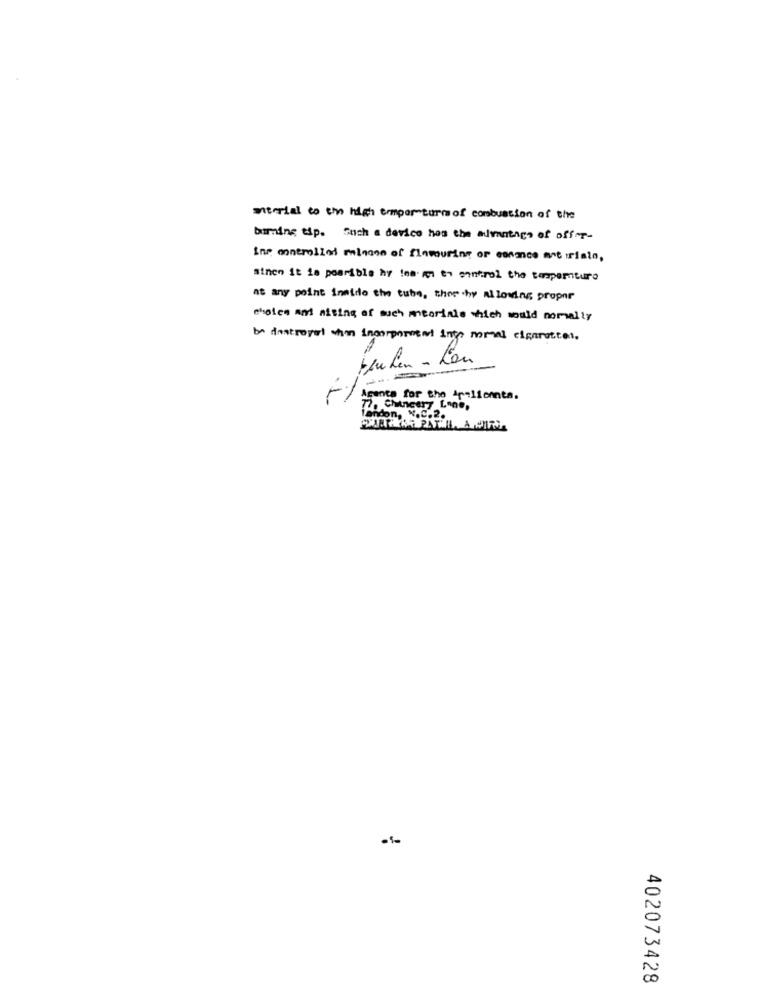
material to the high ermpor turmof combustion of the
birning tip. Such a device hos the advantage of offer-
ins controlled minone of flavouring or esnance artrials.
sinen it is poarible hy !na. in to control the tensperturo
at any point inside the tube, there by allowing proper
chelen ant aising of much meorinie which would normally
instroyal than incorporent into mmal cigarettes.
30
Keulen- Lan
Agence for the ipalicante.
72. Chancery Lane,
don, W.C.2.
402073428